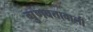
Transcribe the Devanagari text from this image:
गुणवत्तावाली